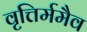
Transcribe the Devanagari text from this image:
वृत्तिर्ममैव